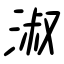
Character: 淑